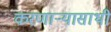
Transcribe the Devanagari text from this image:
करणार्‍यासाथी